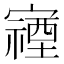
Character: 𫴖